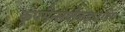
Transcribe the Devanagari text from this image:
कूपमैन्सबौकहाउडिंग